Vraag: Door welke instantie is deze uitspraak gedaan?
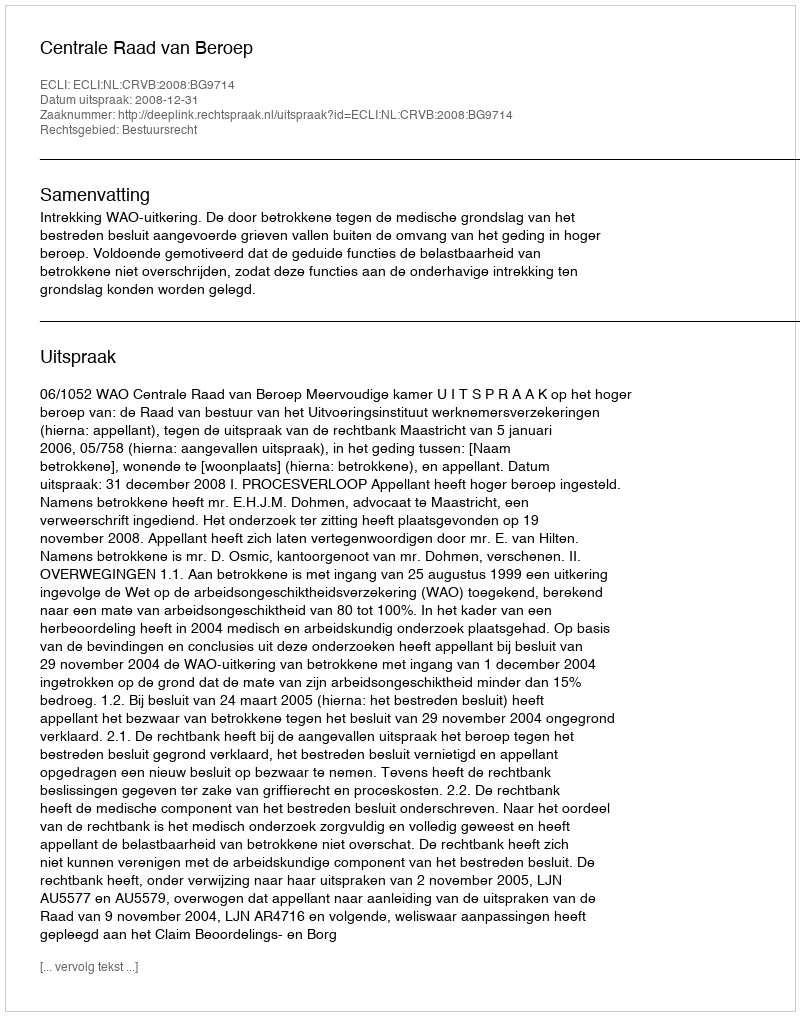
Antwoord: Centrale Raad van Beroep